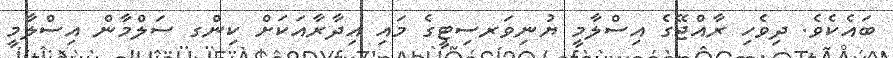
ބައެކެވެ. ދިވެހި ރާއްޖޭގެ އިސްލާމީ ޔުނިވަރސިޓީގެ މައި އިދާރާއަކަށް ކިންގ ސަލްމާން އިސްލާމީ